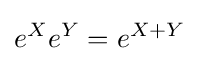
e^{X}e^{Y}=e^{X+Y}